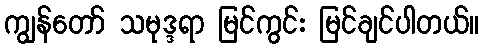
ကျွန်တော် သမုဒ္ဒရာ မြင်ကွင်း မြင်ချင်ပါတယ်။